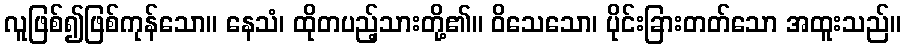
လူဖြစ်၍ဖြစ်ကုန်သော။ နေသံ၊ ထိုတပည့်သားတို့၏။ ဝိသေသော၊ ပိုင်းခြားတတ်သော အထူးသည်။